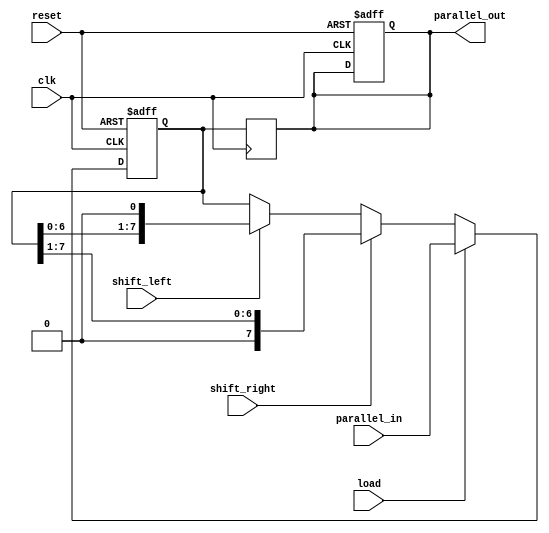
module shift_register (
    input wire clk,                // Clock signal
    input wire reset,              // Reset signal
    input wire shift_right,        // Control signal to shift right
    input wire shift_left,         // Control signal to shift left
    input wire load,               // Control signal to load data
    input wire [N-1:0] parallel_in, // Parallel input data
    output reg [N-1:0] parallel_out // Parallel output data
);
    parameter N = 8; // Number of bits in the shift register

    reg [N-1:0] shift_reg; // Internal shift register storage

    always @(posedge clk or posedge reset) begin
        if (reset) begin
            shift_reg <= 0; // Clear the shift register on reset
            parallel_out <= 0; // Clear the output on reset
        end else if (load) begin
            shift_reg <= parallel_in; // Load parallel data into the register
        end else if (shift_right) begin
            shift_reg <= {1'b0, shift_reg[N-1:1]}; // Shift right
        end else if (shift_left) begin
            shift_reg <= {shift_reg[N-2:0], 1'b0}; // Shift left
        end
    end

    always @(posedge clk) begin
        parallel_out <= shift_reg; // Output the current state of the shift register
    end
endmodule